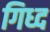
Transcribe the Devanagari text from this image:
गिध्द